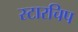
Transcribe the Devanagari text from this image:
स्टारचिप